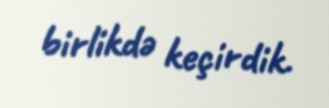
birlikdə keçirdik.